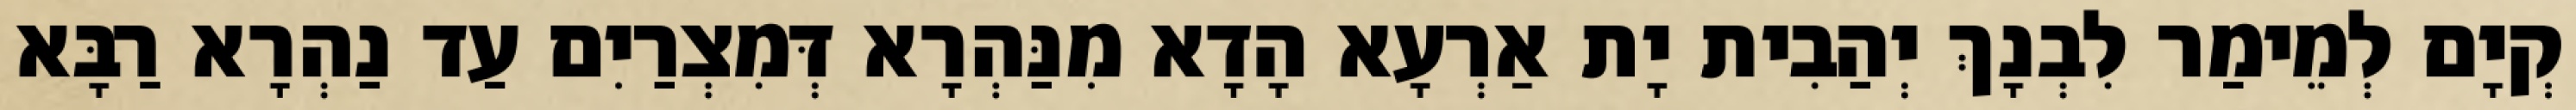
קְיָם לְמֵימַר לִבְנָךְ יְהַבִית יָת אַרְעָא הָדָא מִנַּהְרָא דְּמִצְרַיִם עַד נַהְרָא רַבָּא